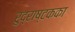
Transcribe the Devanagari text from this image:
रुद्राष्टकका